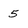
Character: 5